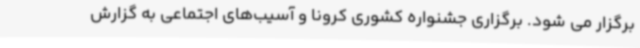
برگزار می شود. برگزاری جشنواره کشوری کرونا و آسیب‌های اجتماعی به گزارش